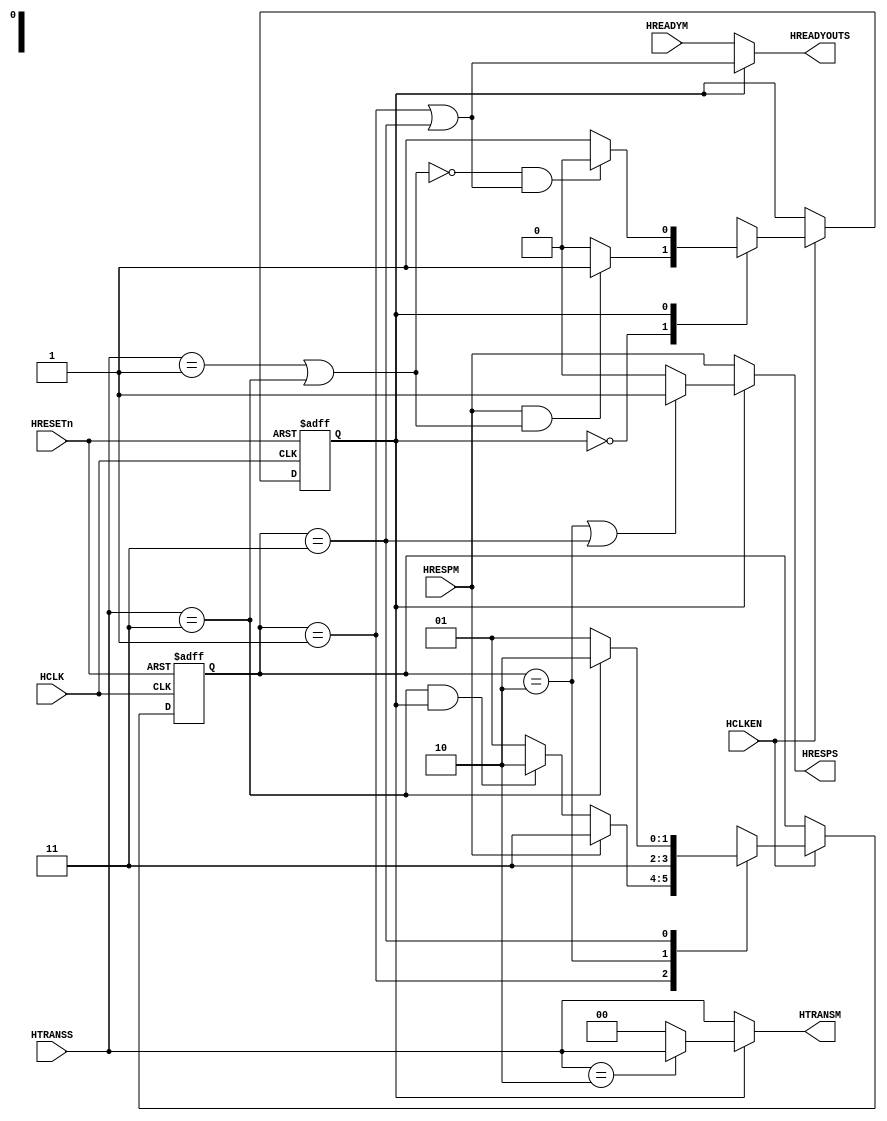
//-----------------------------------------------------------------------------
// The confidential and proprietary information contained in this file may
// only be used by a person authorised under and to the extent permitted
// by a subsisting licensing agreement from ARM Limited.
//
//            (C) COPYRIGHT 2010-2013 ARM Limited.
//                ALL RIGHTS RESERVED
//
// This entire notice must be reproduced on all copies of this file
// and copies of this file may only be made by a person if such person is
// permitted to do so under the terms of a subsisting license agreement
// from ARM Limited.
//
//      SVN Information
//
//      Checked In          : $Date: 2013-04-10 15:07:36 +0100 (Wed, 10 Apr 2013) $
//
//      Revision            : $Revision: 243494 $
//
//      Release Information : Cortex-M System Design Kit-r1p0-01rel0
//
//-----------------------------------------------------------------------------
//
//------------------------------------------------------------------------------
//  Abstract             : Error Canc - Burst Error Cancelling gasket. If during
//                        a burst an error response is received then this block
//                        will abort the burst respond with error to any further
//                        transfers in the burst.
//============================================================================--

module cmsdk_ahb_to_ahb_sync_error_canc
  (
//------------------------------------------------------------------------------
// Port Declarations
//------------------------------------------------------------------------------

  // Global signals ------------------------------------------------------------
  input  wire        HCLK,       // bus clock
  input  wire        HCLKEN,     // clock enable
  input  wire        HRESETn,    // reset

  // AHB1 inputs ---------------------------------------------------------------
  input  wire  [1:0] HTRANSS,    // transfer type,

  // AHB1 outputs  -------------------------------------------------------------
  output reg         HREADYOUTS, // transfer done
  output reg         HRESPS,     // slave response

  // AHB2 outputs  -------------------------------------------------------------
  output reg   [1:0] HTRANSM,    // transfer type,

  // AHB2 inputs  --------------------------------------------------------------
  input  wire        HREADYM,    // transfer done
  input  wire        HRESPM);    // slave response

//------------------------------------------------------------------------------
// Overview
//------------------------------------------------------------------------------
//
//              +------------+
//    AHB1  +---+ ErrorCanc  +---+ AHB2
//              +------------+
//    HCLK                         HCLK
//
//
// Purpose
// =======
//
// When an AHB master receives an ERROR response from a slave, it can either
// continue with the next transfer or abort the current transfer (and burst) by
// driving HTRANS to IDLE in the 2nd cycle of the ERROR response. As a
// registered bridge or slave gasket cannot predict the master's action
// early enough, it must assume that the master either continues or aborts. This
// block is necessary to support masters that do not exhibit the expected ERROR
// behaviour. i.e. if the master aborts when the gasket or bridge has continued
// with the next transfer or vice versa.
//
// Connection
// ==========
//
// The ErrorCanc block can act as either a master or slave gasket to a
// registered bridge or other gasket interface. If the associated bridge/gasket
// aborts bursts by default then the ErrorCanc block should be placed before it:
//
//   AHB1 -->ErrorCanc --> Bridge --> AHB2
//
// If the bridge/gasket continues bursts by default then the ErrorCanc block
// should be placed after it:
//
//   AHB1 --> Bridge --> ErrorCanc --> AHB2
//
//
// Operation
// =========
//
// When the ErrorCanc block recieves an ERROR response from the slave on AHB2
// it responds with an ERROR to each further transfer in the burst and drives
// IDLE on HTRANSM until the burst on AHB1 is complete.
//
//------------------------------------------------------------------------------

//------------------------------------------------------------------------------
// Constant declarations
//------------------------------------------------------------------------------

  // HTRANS transfer type signal encoding
  localparam TRN_IDLE         = 2'b00;   // idle transfer
  localparam TRN_BUSY         = 2'b01;   // busy transfer
  localparam TRN_NONSEQ       = 2'b10;   // non-sequential
  localparam TRN_SEQ          = 2'b11;   // sequential

  // HRESP signal encoding
  localparam RSP_OKAY         = 1'b0;    // okay response
  localparam RSP_ERROR        = 1'b1;    // error response

  // Error Canc block control States
  localparam ST_CONTROL_IDLE  = 1'b0;      // pass through HTRANS
  localparam ST_CONTROL_ERROR = 1'b1;     // drive HTRANS

  // Error Response Generation States
  localparam ST_GEN_IDLE      = 2'b01;
  localparam ST_GEN_ERROR1    = 2'b10;
  localparam ST_GEN_ERROR2    = 2'b11;

//------------------------------------------------------------------------------
// Signal declarations
//------------------------------------------------------------------------------

  // Control State Machine Signals
  reg            next_control_state;
  reg            control_state;

  // Error Response Generation States
  reg    [1:0]   next_gen_state;
  reg    [1:0]   gen_state;

  // Burst Transfer is true when HTRANS is BUSY or SEQ
  wire           burst_transfer;

  // Generated HREADYOUTS and HRESPS responses to AHB1
  wire           gen_hready_outs;
  wire           gen_hresps;

//------------------------------------------------------------------------------
// Beginning of main code
//------------------------------------------------------------------------------


//------------------------------------------------------------------------------
// Input Interface Logic
//------------------------------------------------------------------------------

  // burst_transfer indicates the current transfer is part of a burst

  assign burst_transfer = ((HTRANSS ==TRN_BUSY) | (HTRANSS ==TRN_SEQ));

//------------------------------------------------------------------------------
// Control State Machine
//------------------------------------------------------------------------------

  always @ (HRESPM or burst_transfer or control_state or gen_hready_outs)
    begin : p_control_state_comb
      case (control_state)
        ST_CONTROL_IDLE : begin
        // Stay in idle until an ERROR response during a burst (HSEL not
        // required because an ERROR would not be received unless a valid
        // transfer across ErrorCanc was in progress)
              next_control_state = ((HRESPM == RSP_ERROR) & burst_transfer)?
                                   ST_CONTROL_ERROR: ST_CONTROL_IDLE;
          end
        ST_CONTROL_ERROR : begin
        // Stay in ERROR state until the burst finishes and the generated
        // ERROR reponse is complete
             next_control_state =   ((burst_transfer == 1'b0) & gen_hready_outs) ?
                                   ST_CONTROL_IDLE : ST_CONTROL_ERROR;
          end
        default:
          next_control_state = 1'bx; // Illegal state transition

      endcase
    end

//------------------------------------------------------------------------------
// Error Generation State Machine
//------------------------------------------------------------------------------
  // This state machine generates error responses when an error is recieved on
  // AHB2 and, when in error mode an error response is given to each sequential
  //  transfer on AHB1.

  always @ (HRESPM or HTRANSS or gen_state or control_state)
    begin : p_gen_state_comb
      case (gen_state)

        ST_GEN_IDLE : begin
              next_gen_state = (HRESPM == RSP_ERROR) ?
                                ST_GEN_ERROR2 :
                                ((HTRANSS == TRN_SEQ)  & (control_state == ST_CONTROL_ERROR))?
                                ST_GEN_ERROR1 :
                                ST_GEN_IDLE;
          end
        ST_GEN_ERROR1 :
              next_gen_state = ST_GEN_ERROR2;      // First cycle of error response

        ST_GEN_ERROR2 : begin
              next_gen_state =  (HTRANSS == TRN_SEQ) ?
                                ST_GEN_ERROR1:  // Another Burst transfer
                                ST_GEN_IDLE; // No transfer, go to idle
            end

        default:
          next_gen_state = 2'bxx;        // Illegal state transition

      endcase
    end

//------------------------------------------------------------------------------
// State Machine Registers
//------------------------------------------------------------------------------
  // register state signals

  always @ (posedge HCLK or negedge HRESETn)
    begin : p_state_seq
      if  (~HRESETn )
        begin
          control_state <= ST_CONTROL_IDLE;
          gen_state     <= ST_GEN_IDLE;
        end
      else if (HCLKEN)
        begin
          control_state <= next_control_state;
          gen_state     <= next_gen_state;
        end
    end


//------------------------------------------------------------------------------
// State Decodes
//------------------------------------------------------------------------------
  // The decode and state bit ordering should result in the following signals
  // being driven directly by the outputs of the gen_state registers.

  // Error Generation: HREADYS output - high when idle and 2nd cycle of error

  assign gen_hready_outs = ((gen_state == ST_GEN_IDLE) |
                          (gen_state == ST_GEN_ERROR2));


  // Error Generation: HRESPS output - high for both cycles of error response
  assign gen_hresps = ((gen_state == ST_GEN_ERROR1) |
                      (gen_state == ST_GEN_ERROR2)) ? RSP_ERROR :
                      RSP_OKAY;

//------------------------------------------------------------------------------
// AHB1 Output Logic
//------------------------------------------------------------------------------

  // HREADYS and HRESPS outputs from mux controlled by control_state
  always @ (control_state or HREADYM or HRESPM or gen_hready_outs or gen_hresps)
    begin : p_ahb1_output_comb
      if  (control_state == ST_CONTROL_IDLE) // normal, no errors AHB1 = AHB2
        begin
          HREADYOUTS = HREADYM;
          HRESPS     = HRESPM;
        end
      else                                  // error mode, use generated signals
        begin
          HREADYOUTS = gen_hready_outs;
          HRESPS     = gen_hresps;
        end
    end // block: p_AHB1OutputComb

//------------------------------------------------------------------------------
// AHB2 Output Logic
//------------------------------------------------------------------------------

  // HTRANSM output from mux controlled by control_state
  always @ (HTRANSS or control_state)
    begin : p_ahb2_output_comb
      if  (control_state ==ST_CONTROL_IDLE)   // normal, pass HTRANS through
        HTRANSM = HTRANSS;
      else                       // error mode, drive IDLE till end of burst
        if (HTRANSS == TRN_NONSEQ)
          HTRANSM = HTRANSS;
        else
          HTRANSM = TRN_IDLE;
    end


endmodule // ErrorCanc

// --============================ End ========================================--